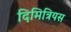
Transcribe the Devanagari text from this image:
दिमित्रियस